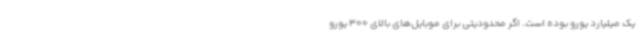
یک میلیارد یورو بوده است. اگر محدودیتی برای موبایل‌های بالای 300 یورو